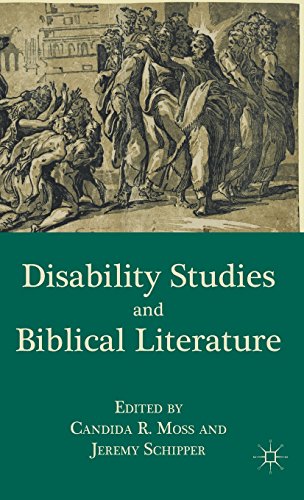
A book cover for Disability Studies and Biblical Literature; Jeremy Schipper; Health, Fitness & Dieting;